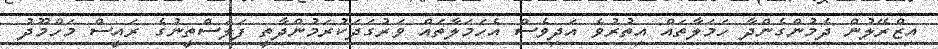
އިޒްރޭލުން ދެމުންގެންދާ ހަމަލާތައް އިތުރުވެ އަދިވެސް އެހަމަލާތައް ވަރުގަދަކުރަމުންދާތީ ފަލަސްތީނުގެ ރައީސް މަހްމޫދު